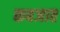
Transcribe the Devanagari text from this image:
कबजात